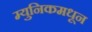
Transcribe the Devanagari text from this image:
म्युनिकमधून